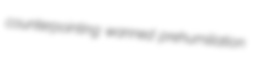
counterpointing wanned prehumiliation